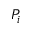
P _ { i }